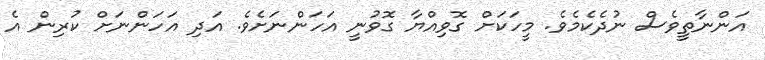
އަންނާތީވެސް ނުދެކެމެވެ. މީހަކަށް ގޮވިއްޔާ ގޮވުނީ އަހަންނަށެވެ. އަދި އަހަންނަށް ކުރިން އެ